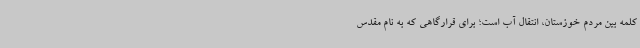
کلمه بین مردم خوزستان، انتقال آب است؛ برای قرارگاهی که به نام مقدس